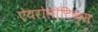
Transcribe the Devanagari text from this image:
ऐयरोनॉटिक्स